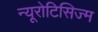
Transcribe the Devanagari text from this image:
न्यूरोटिसिज्म